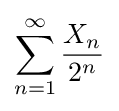
\sum _{n=1}^{\infty }{X_{n} \over 2^{n}}